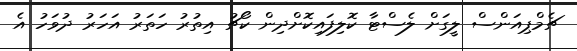
ޗެމްޕިއަންސް ލީގަށް ލެސްޓާ ކޮލިފައިކޮށްދިން ކޯޗު އިތުރު ހަތަރު އަހަރު ދުވަހު އެ